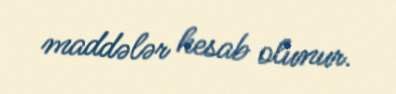
maddələr hesab olunur.